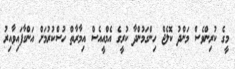
މީގެ ކުރިންވެސް މަންދު ކޮލެޖް ހިންގަމުންދާ ކުރީގެ އެމްއީއެސް އިމާރާތް ހުސްކުރުމަށް އަންގާފައިވާއިރު